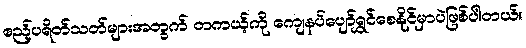
ဧည့်ပရိတ်သတ်များအတွက် တကယ့်ကို ကျေနပ်ပျော်ရွှင်စေနိုင်မှာပဲဖြစ်ပါတယ်။